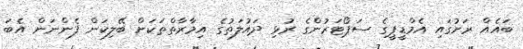
ބައެއް ރަށުގައި އެމްޑީޕީގެ ސަޕޯޓަރުންގެ ރުޅި ދައުލަތުގެ އިމާރާތްތަކަށް ބޭލިކަން ފެންނަން އެބަ